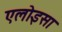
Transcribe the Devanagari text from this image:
एलोइसा